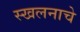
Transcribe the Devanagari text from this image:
स्खलनाचे